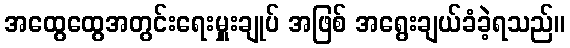
အထွေထွေအတွင်းရေးမှူးချုပ် အဖြစ် အရွေးချယ်ခံခဲ့ရသည်။